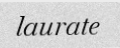
laurate